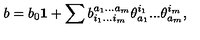
b = b _ { 0 } { \bf 1 } + \sum b _ { i _ { 1 } . . . i _ { m } } ^ { a _ { 1 } . . . a _ { m } } \theta _ { a _ { 1 } } ^ { i _ { 1 } } . . . \theta _ { a _ { m } } ^ { i _ { m } } ,